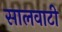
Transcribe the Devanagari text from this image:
सालवाटी